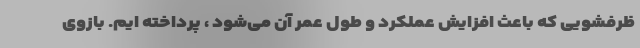
ظرفشویی که باعث افزایش عملکرد و طول عمر آن می‌شود ، پرداخته ایم. بازوی